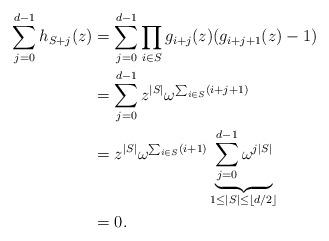
LaTeX: \begin{align*}\sum_{j=0}^{d-1}h_{S+j}(z)&=\sum_{j=0}^{d-1}\prod_{i\in S}g_{i+j}(z)(g_{i+j+1}(z)-1)\\&=\sum_{j=0}^{d-1}z^{|S|}\omega^{\sum_{i\in S}(i+j+1)}\\&=z^{|S|}\omega^{\sum_{i\in S}(i+1)}\underbrace{\sum_{j=0}^{d-1}\omega^{j|S|}}_{1\leq|S|\leq \lfloor d/2\rfloor}\\&=0.\end{align*}